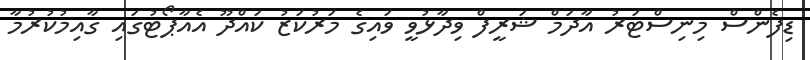
ޑިފެންސް މިނިސްޓަރު އާދަމް ޝަރީފް ވިދާޅުވީ ވައިގެ މަރުކަޒު ކައްދޫ އެއާޕޯޓުގައި ގާއިމުކުރުމާ